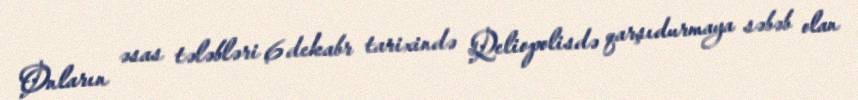
Onların əsas tələbləri 6 dekabr tarixində Qeliopolisdə qarşıdurmaya səbəb olan